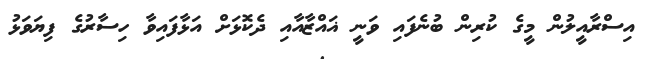
އިސްރާއީލުން މީގެ ކުރިން ބުނެފައި ވަނީ ޣައްޒާއާއި ދެކޮޅަށް އަޅާފައިވާ ހިސާރުގެ ފިޔަވަޅު